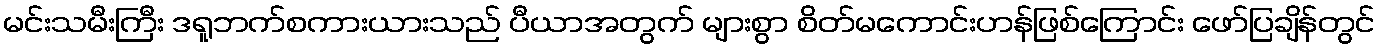
မင်းသမီးကြီး ဒရူဘက်စကားယားသည် ပီယာအတွက် များစွာ စိတ်မကောင်းဟန်ဖြစ်ကြောင်း ဖော်ပြချိန်တွင်